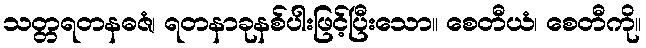
သတ္တရတနဓဇံ၊ ရတနာခုနစ်ပါးဖြင့်ပြီးသော။ စေတီယံ၊ စေတီကို။